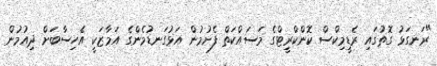
"ރަނގަޅު ގޮތުގައި ރެޑީމިކްސް ކޮންކްރީޓްގެ މަސައްކަތް ފެށުމުން އަޅުގަނޑުމެންގެ އަމާޒަކީ އެހިސާބަށް ދިއުމުން